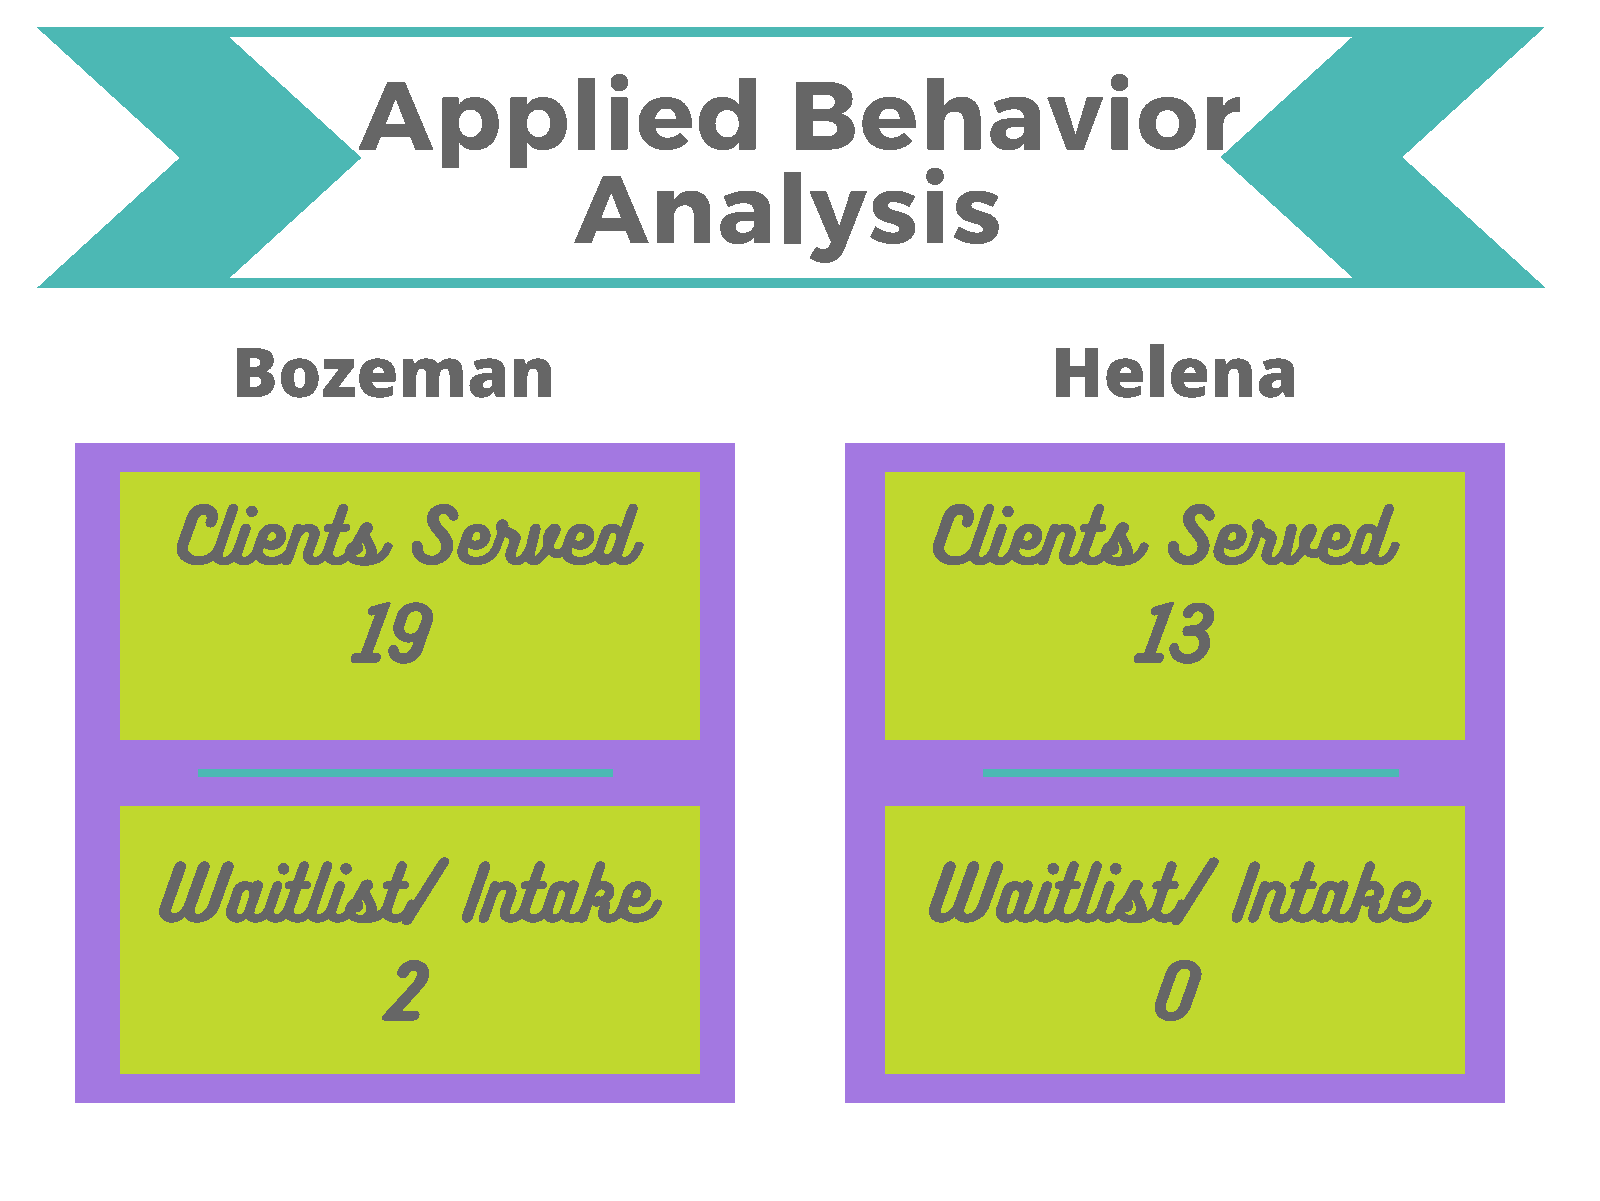
Applied                     Behavior
 Analysis
 Bozeman                                                Helena
 Clients        Served                             Clients        Served
 19                                                 13
 Waitlist/           Intake                         Waitlist/           Intake
 2                                                 0